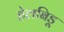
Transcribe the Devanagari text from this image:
हेलबिड़ू